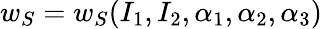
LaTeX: w_{S}=w_{S}(I_{1},I_{2},\alpha_{1},\alpha_{2},\alpha_{3})